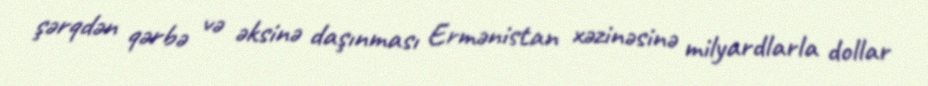
şərqdən qərbə və əksinə daşınması Ermənistan xəzinəsinə milyardlarla dollar